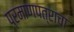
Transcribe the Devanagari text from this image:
प्रमाणपत्राचा